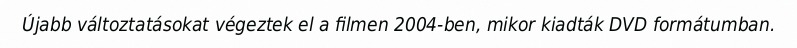
Újabb változtatásokat végeztek el a filmen 2004-ben, mikor kiadták DVD formátumban.